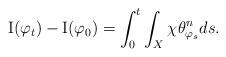
LaTeX: \begin{align*}{\rm I}(\varphi_{t})-{\rm I}(\varphi_{0}) =\int_{0}^t \int_X \chi \theta_{\varphi_{s}}^n ds. \end{align*}